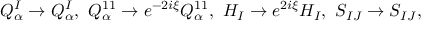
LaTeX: Q _ { \alpha } ^ { I } \rightarrow Q _ { \alpha } ^ { I } , \ Q _ { \alpha } ^ { 1 1 } \rightarrow e ^ { - 2 i \xi } Q _ { \alpha } ^ { 1 1 } , \ H _ { I } \rightarrow e ^ { 2 i \xi } H _ { I } , \ S _ { I J } \rightarrow S _ { I J } ,